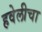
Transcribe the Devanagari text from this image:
हवेलीचा